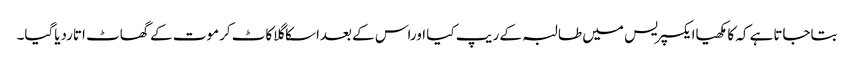
بتاجاتاہے کہ کامکھیاایکسپریس میں طالبہ کے ریپ کیا اوراس کے بعداسکاگلاکاٹ کرموت کے گھاٹ اتاردیاگیا۔